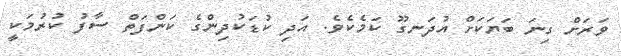
ވަރަށް ގިނަ ބަޔަކަށް އުދަނގޫ ކަމެކެވެ. އަދި ކުޑަކުދިންގެ ކަންފަތް ސާފު ކުރުމަކީ